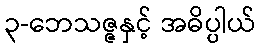
၃-ဘေသဇ္ဇနှင့် အဓိပ္ပါယ်